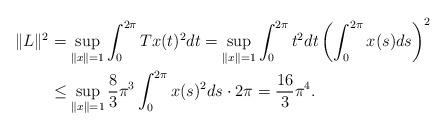
LaTeX: \begin{align*}\|L\|^2 &= \sup_{ \|x\| = 1 } \int_{0}^{2\pi} Tx(t)^2 dt = \sup_{ \|x\| = 1 } \int_{0}^{2\pi} t^2 dt \left( \int_{0}^{2 \pi} x(s) ds \right)^2 \\ &\leq \sup_{ \|x\| = 1 } \frac{8}{3} \pi^3 \int_{0}^{2 \pi} x(s)^2 ds \cdot 2\pi = \frac{16}{3} \pi^4.\end{align*}